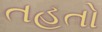
તહતો